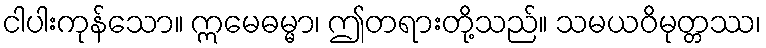
ငါပါးကုန်သော။ ဣမေဓမ္မာ၊ ဤတရားတို့သည်။ သမယဝိမုတ္တဿ၊